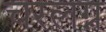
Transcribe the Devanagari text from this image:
चरलग्न